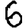
Digit: 6